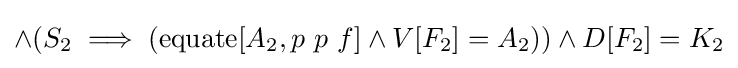
\land (S_{2}\implies (\operatorname {equate} [A_{2},p\ p\ f]\land V[F_{2}]=A_{2}))\land D[F_{2}]=K_{2}